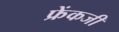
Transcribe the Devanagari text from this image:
फ्रेंकजी